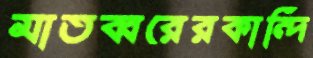
মাতব্বরেরকান্দি